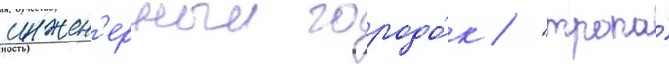
инжен'ерныи городо́к / "тропа́